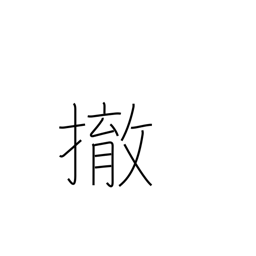
Meaning: disarm